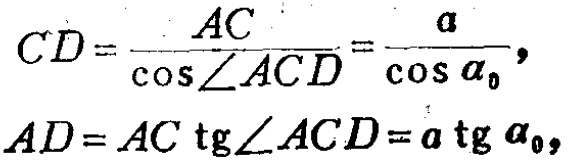
\[

\begin{align*}

CD&=\frac{AC}{\cos\angle ACD}=\frac{a}{\cos\alpha_0},\\

AD&=AC\ \text{tg}\angle ACD = a\ \text{tg}\alpha_0,

\end{align*}

\]